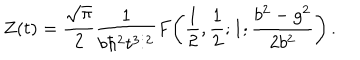
LaTeX: Z ( t ) = { \frac { \sqrt { \pi } } { 2 } } { \frac { 1 } { b \hbar ^ { 2 } t ^ { 3 / 2 } } } F \! \left( { \frac { 1 } { 2 } } , { \frac { 1 } { 2 } } ; 1 ; { \frac { b ^ { 2 } - g ^ { 2 } } { 2 b ^ { 2 } } } \right) .